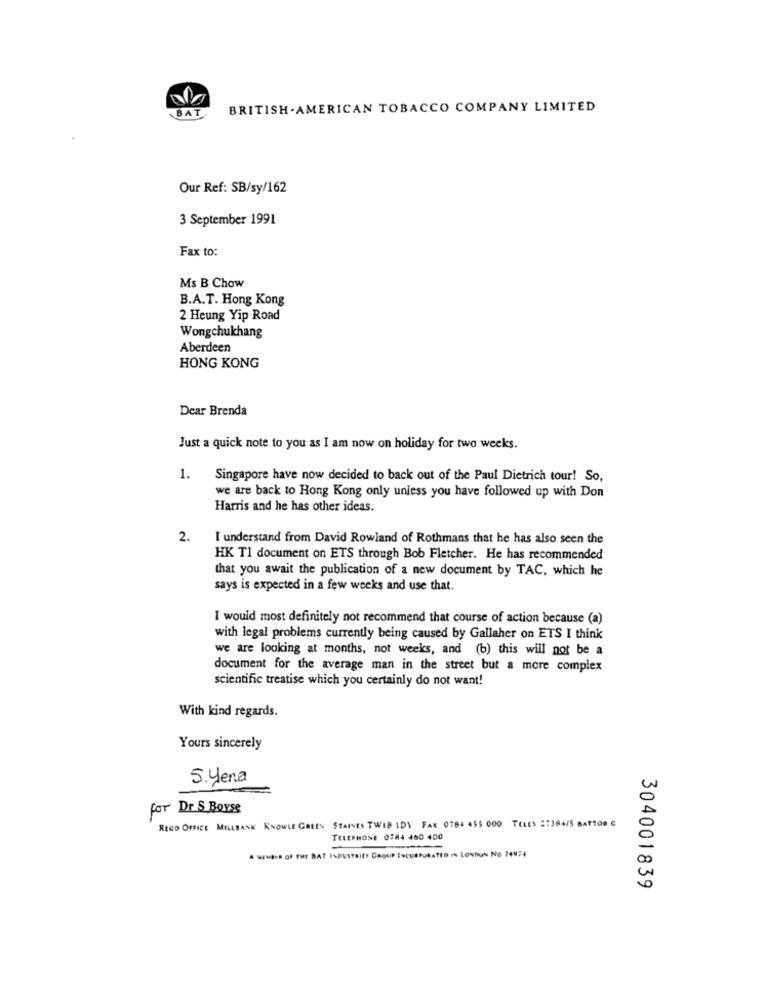
BAT
BRITISH AMERICAN TOBACCO COMPANY LIMITED
Our Ref: SB/sy/162
3 September 1991
Fax to:
Ms B Chow
B.A.T. Hong Kong
2 Heung Yip Road
Wongchukhang
Aberdeen
HONG KONG
Dear Brenda
Just a quick note to you as I am now on holiday for two weeks.
1
. Singapore have now decided to back out of the Paul Dietrich tour! So,
we are back to Hong Kong only unless you have followed up with Don
Harris and he has other ideas.
2.
I understand from David Rowland of Rothmans that he has also seen the
HK Tl document on ETS through Bob Fletcher. He has recommended
that you await the publication of a new document by TAC, which he
says is expected in a few weeks and use that.
I would most definitely not recommend that course of action because (a)
with legal problems currently being caused by Gallaher on ETS I think
we are looking at months, not weeks, and (b) this will not be a
document for the average man in the street but a more complex
scientific treatise which you certainly do not want!
With kind regards.
Yours sincerely
5. yena
for Dr S Boyse
RECD OFFICE MILLBANK KNOWLE GREEN STAINES TWIS IDY FAX 0764 455 000 TELES 2:JA4/5 BATT00 C
TELEPHONE 0784 460 400
A WISH OF THE BAT INDUSTRIES GROUP INCORPORATED IN LONDON No 74974
304001839